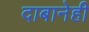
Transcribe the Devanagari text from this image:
दाबानेही